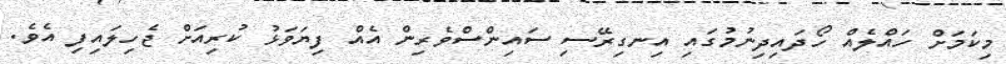
މިކަމަށް ހައްލެއް ހޯދައިދިނުމުގައި އިނގިރޭސި ސައިންސްވެރިން އެއް ފިޔަވަޅު ކުރިއަށް ޖެހިލައިފި އެވެ.